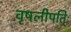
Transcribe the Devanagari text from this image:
वृषलीपतिः